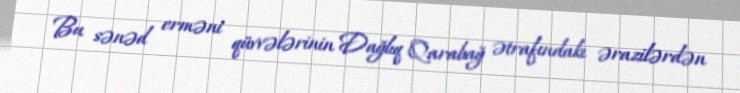
Bu sənəd erməni qüvvələrinin Dağlıq Qarabağ ətrafındakı ərazilərdən